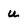
Character: u